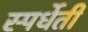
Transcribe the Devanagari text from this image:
स्पर्धेती